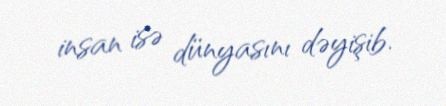
insan isə dünyasını dəyişib.